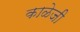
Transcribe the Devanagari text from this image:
काळेजी